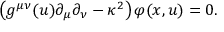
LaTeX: \left( g ^ { \mu \nu } ( u ) \partial _ { \mu } \partial _ { \nu } - \kappa ^ { 2 } \right) \varphi ( x , u ) = 0 .